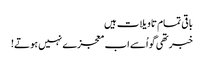
باقی تمام تاویلات ہیں
خبر تھی گو اُسے اب معجزے نہیں ہوتے!